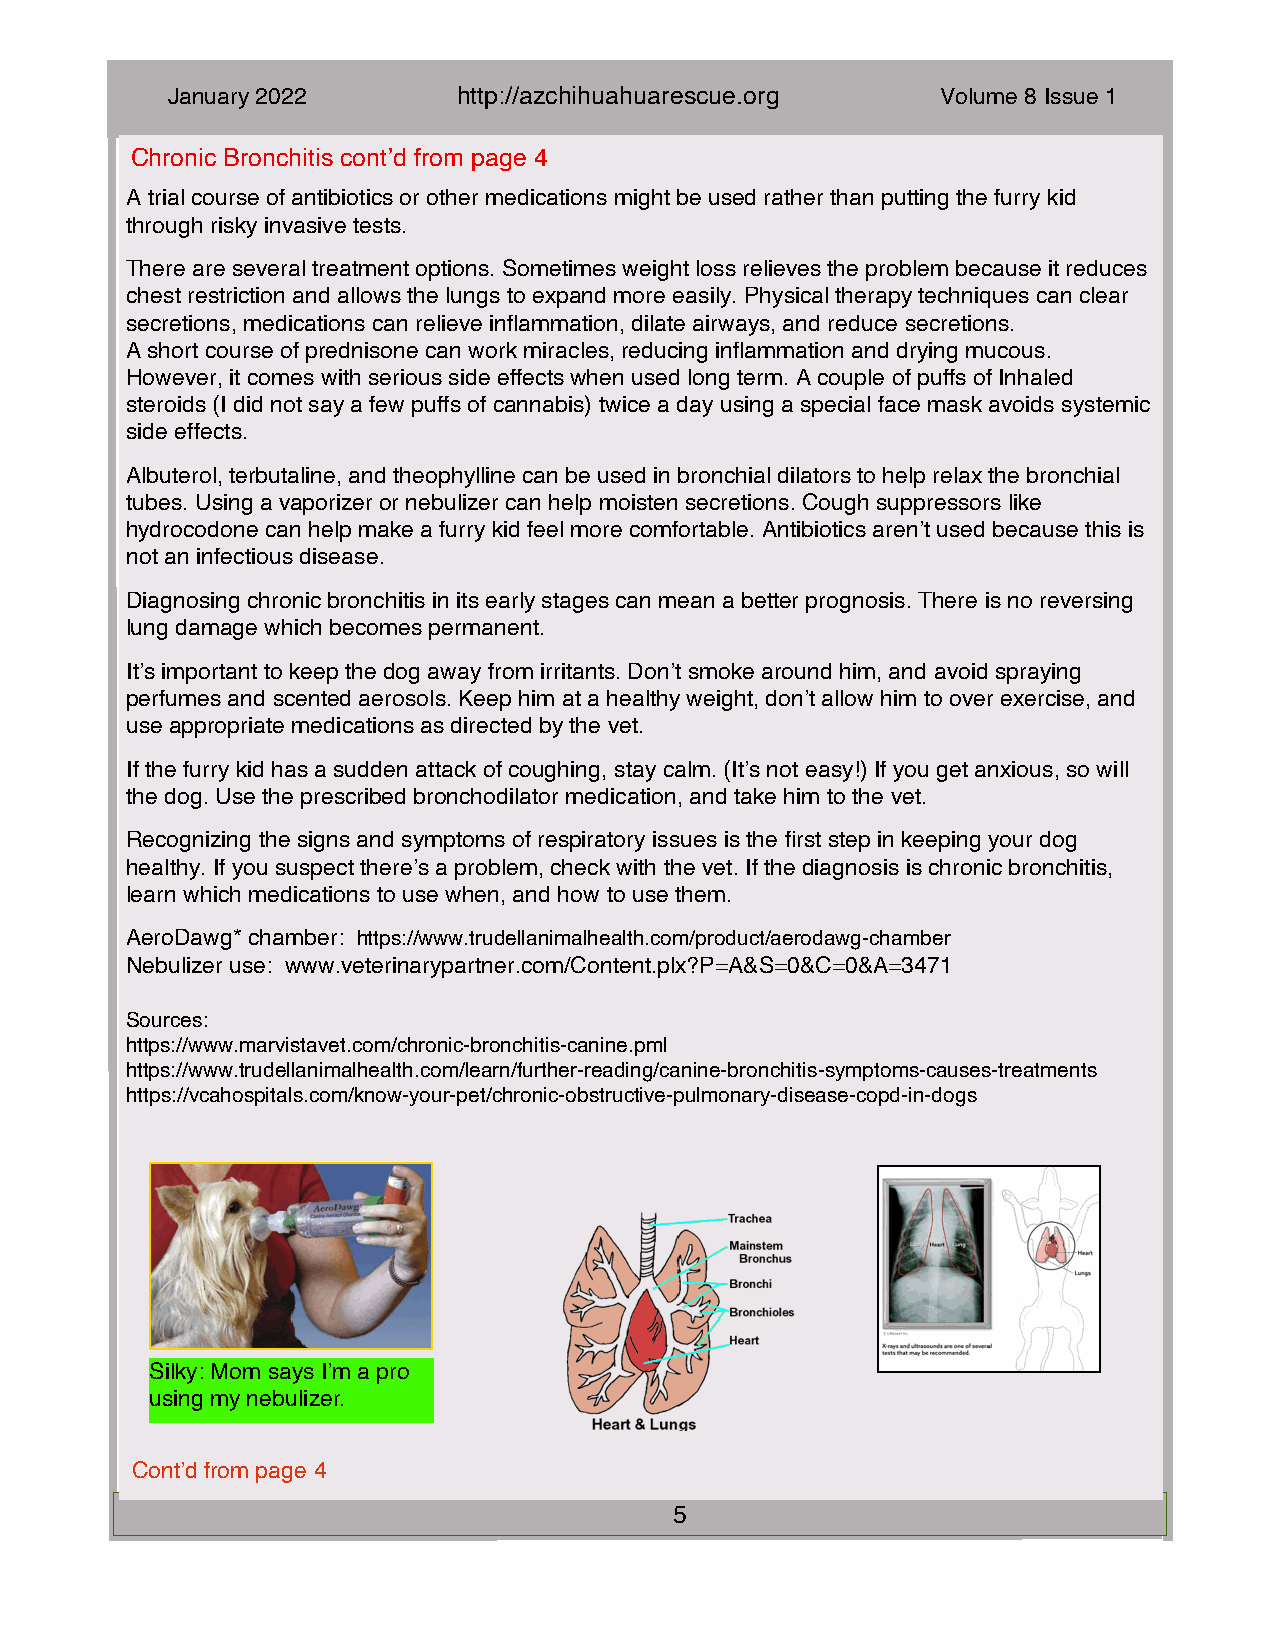
January 2022       h t t p : / / a z c hihua h u a r e s c u e . o r g Volume 8 Issue 1
 Chronic Bronchitis cont’d from page 4
 A trial course of antibiotics or other medications might be used rather than putting the furry kid
 through risky invasive tests.
 There are several treatment options. Sometimes weight loss relieves the problem because it reduces
 chest restriction and allows the lungs to expand more easily. Physical therapy techniques can clear
 secretions, medications can relieve inflammation, dilate airways, and reduce secretions.
 A short course of prednisone can work miracles, reducing inflammation and drying mucous.
 However, it comes with serious side effects when used long term. A couple of puffs of Inhaled
 steroids (I did not say a few puffs of cannabis) twice a day using a special face mask avoids systemic
 side effects.
 Albuterol, terbutaline, and theophylline can be used in bronchial dilators to help relax the bronchial
 tubes. Using a vaporizer or nebulizer can help moisten secretions. Cough suppressors like
 hydrocodone can help make a furry kid feel more comfortable. Antibiotics aren’t used because this is
 not an infectious disease.
 Diagnosing chronic bronchitis in its early stages can mean a better prognosis. There is no reversing
 lung damage which becomes permanent.
 It’s important to keep the dog away from irritants. Don’t smoke around him, and avoid spraying
 perfumes and scented aerosols. Keep him at a healthy weight, don’t allow him to over exercise, and
 use appropriate medications as directed by the vet.
 If the furry kid has a sudden attack of coughing, stay calm. (It’s not easy!) If you get anxious, so will
 the dog. Use the prescribed bronchodilator medication, and take him to the vet.
 Recognizing the signs and symptoms of respiratory issues is the first step in keeping your dog
 healthy. If you suspect there’s a problem, check with the vet. If the diagnosis is chronic bronchitis,
 learn which medications to use when, and how to use them.
 AeroDawg* chamber: https://www.trudellanimalhealth.com/product/aerodawg-chamber
 Nebulizer use: www.veterinarypartner.com/Content.plx?P=A&S=0&C=0&A=3471
 Sources:
 https://www.marvistavet.com/chronic-bronchitis-canine.pml
 https://www.trudellanimalhealth.com/learn/further-reading/canine-bronchitis-symptoms-causes-treatments
 https://vcahospitals.com/know-your-pet/chronic-obstructive-pulmonary-disease-copd-in-dogs
 Silky: Mom says I’m a pro
 using my nebulizer.
 Cont’d from page 4
 5